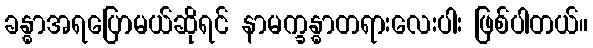
ခန္ဓာအရပြောမယ်ဆိုရင် နာမက္ခန္ဓာတရားလေးပါး ဖြစ်ပါတယ်။